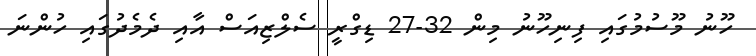
ހޫނު މޫސުމުގައި ފިނިހޫނު މިން 32-27 ޑިގްރީ ސެލްޒިއަސް އާއި ދެމެދުގައި ހުންނަ